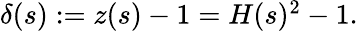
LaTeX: \begin{array}{r}{\delta(s):=z(s)-1=H(s)^{2}-1.}\end{array}